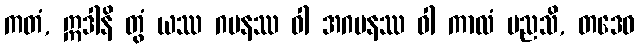
ကတံ, ဣဒါနိ တွံ ယဿ ဂမနဿ ဝါ အဂမနဿ ဝါ ကာလံ မညသိ, တဒေဝ